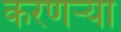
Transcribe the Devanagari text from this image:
करणर्‍या